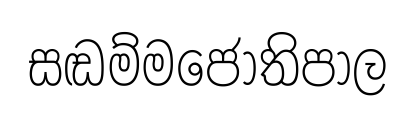
සඬම්මජෝතිපාල